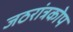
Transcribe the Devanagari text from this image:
जठरांत्रकोप